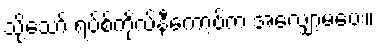
သို့သော် ရပ်စ်ကိုလ်နီကော့ဗ်က အလျှော့မပေး။